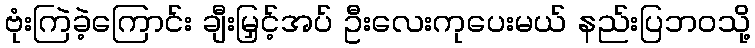
ဗုံးကြဲခဲ့ကြောင်း ချီးမြှင့်အပ် ဦးလေးကုပေးမယ် နည်းပြဘဝသို့